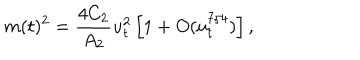
m ( t ) ^ { 2 } = { \frac { 4 C _ { 2 } } { A _ { 2 } } } u _ { t } ^ { 2 } \left[ 1 + O ( u _ { t } ^ { 7 / 4 } ) \right] ,